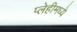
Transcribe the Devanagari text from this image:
प्लेहीमध्ये